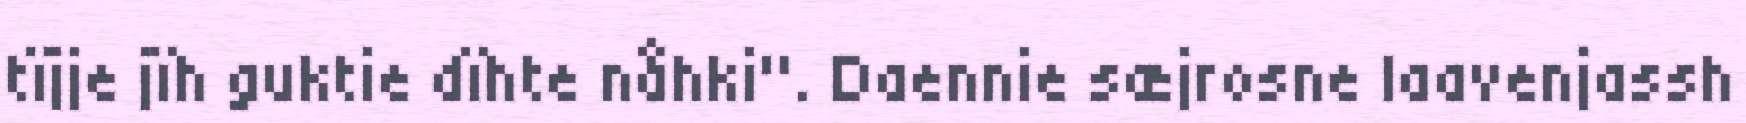
tïjje jïh guktie dïhte nåhki". Daennie sæjrosne laavenjassh